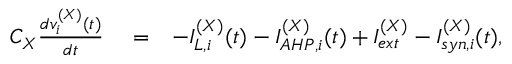
\begin{array} { r l r } { C _ { X } \frac { d v _ { i } ^ { ( X ) } ( t ) } { d t } } & { { } = } & { - I _ { L , i } ^ { ( X ) } ( t ) - I _ { A H P , i } ^ { ( X ) } ( t ) + I _ { e x t } ^ { ( X ) } - I _ { s y n , i } ^ { ( X ) } ( t ) , } \end{array}